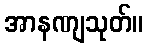
အာနဏျသုတ်။